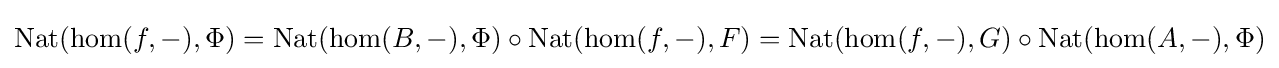
\operatorname {Nat} (\hom(f,-),\Phi )=\operatorname {Nat} (\hom(B,-),\Phi )\circ \operatorname {Nat} (\hom(f,-),F)=\operatorname {Nat} (\hom(f,-),G)\circ \operatorname {Nat} (\hom(A,-),\Phi )